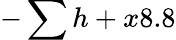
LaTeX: -\sum h+x8.8